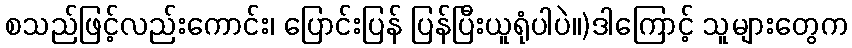
စသည်ဖြင့်လည်းကောင်း၊ ပြောင်းပြန် ပြန်ပြီးယူရုံပါပဲ။)ဒါကြောင့် သူများတွေက